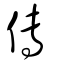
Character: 傳